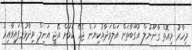
މިހާރު މިއޮތް ގާނޫނުލް އުގޫބާތަށް އަލްވަދާއުކިޔަން ޖެހޭ ކަމަށް އޭޖީ އަނިލް ވިދާޅުވެފައިވާއިރު